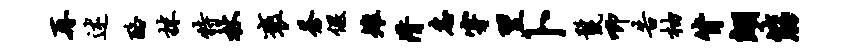
再述酪抹特杖褒苍偃雉潸恚穿翌卜鬣唧告柚背翊筋